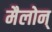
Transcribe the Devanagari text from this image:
मैलोन्